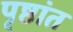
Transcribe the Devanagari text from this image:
पृष्ठांत